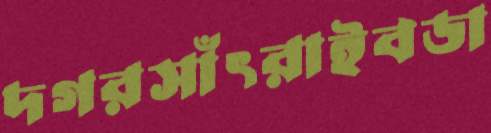
দগরসাঁৎরাইবডা